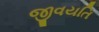
જીવયતિ